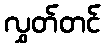
လွှတ်တင်